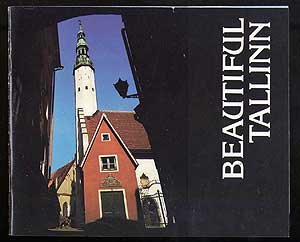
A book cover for Beautiful Tallinn; M. Mikk; Travel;